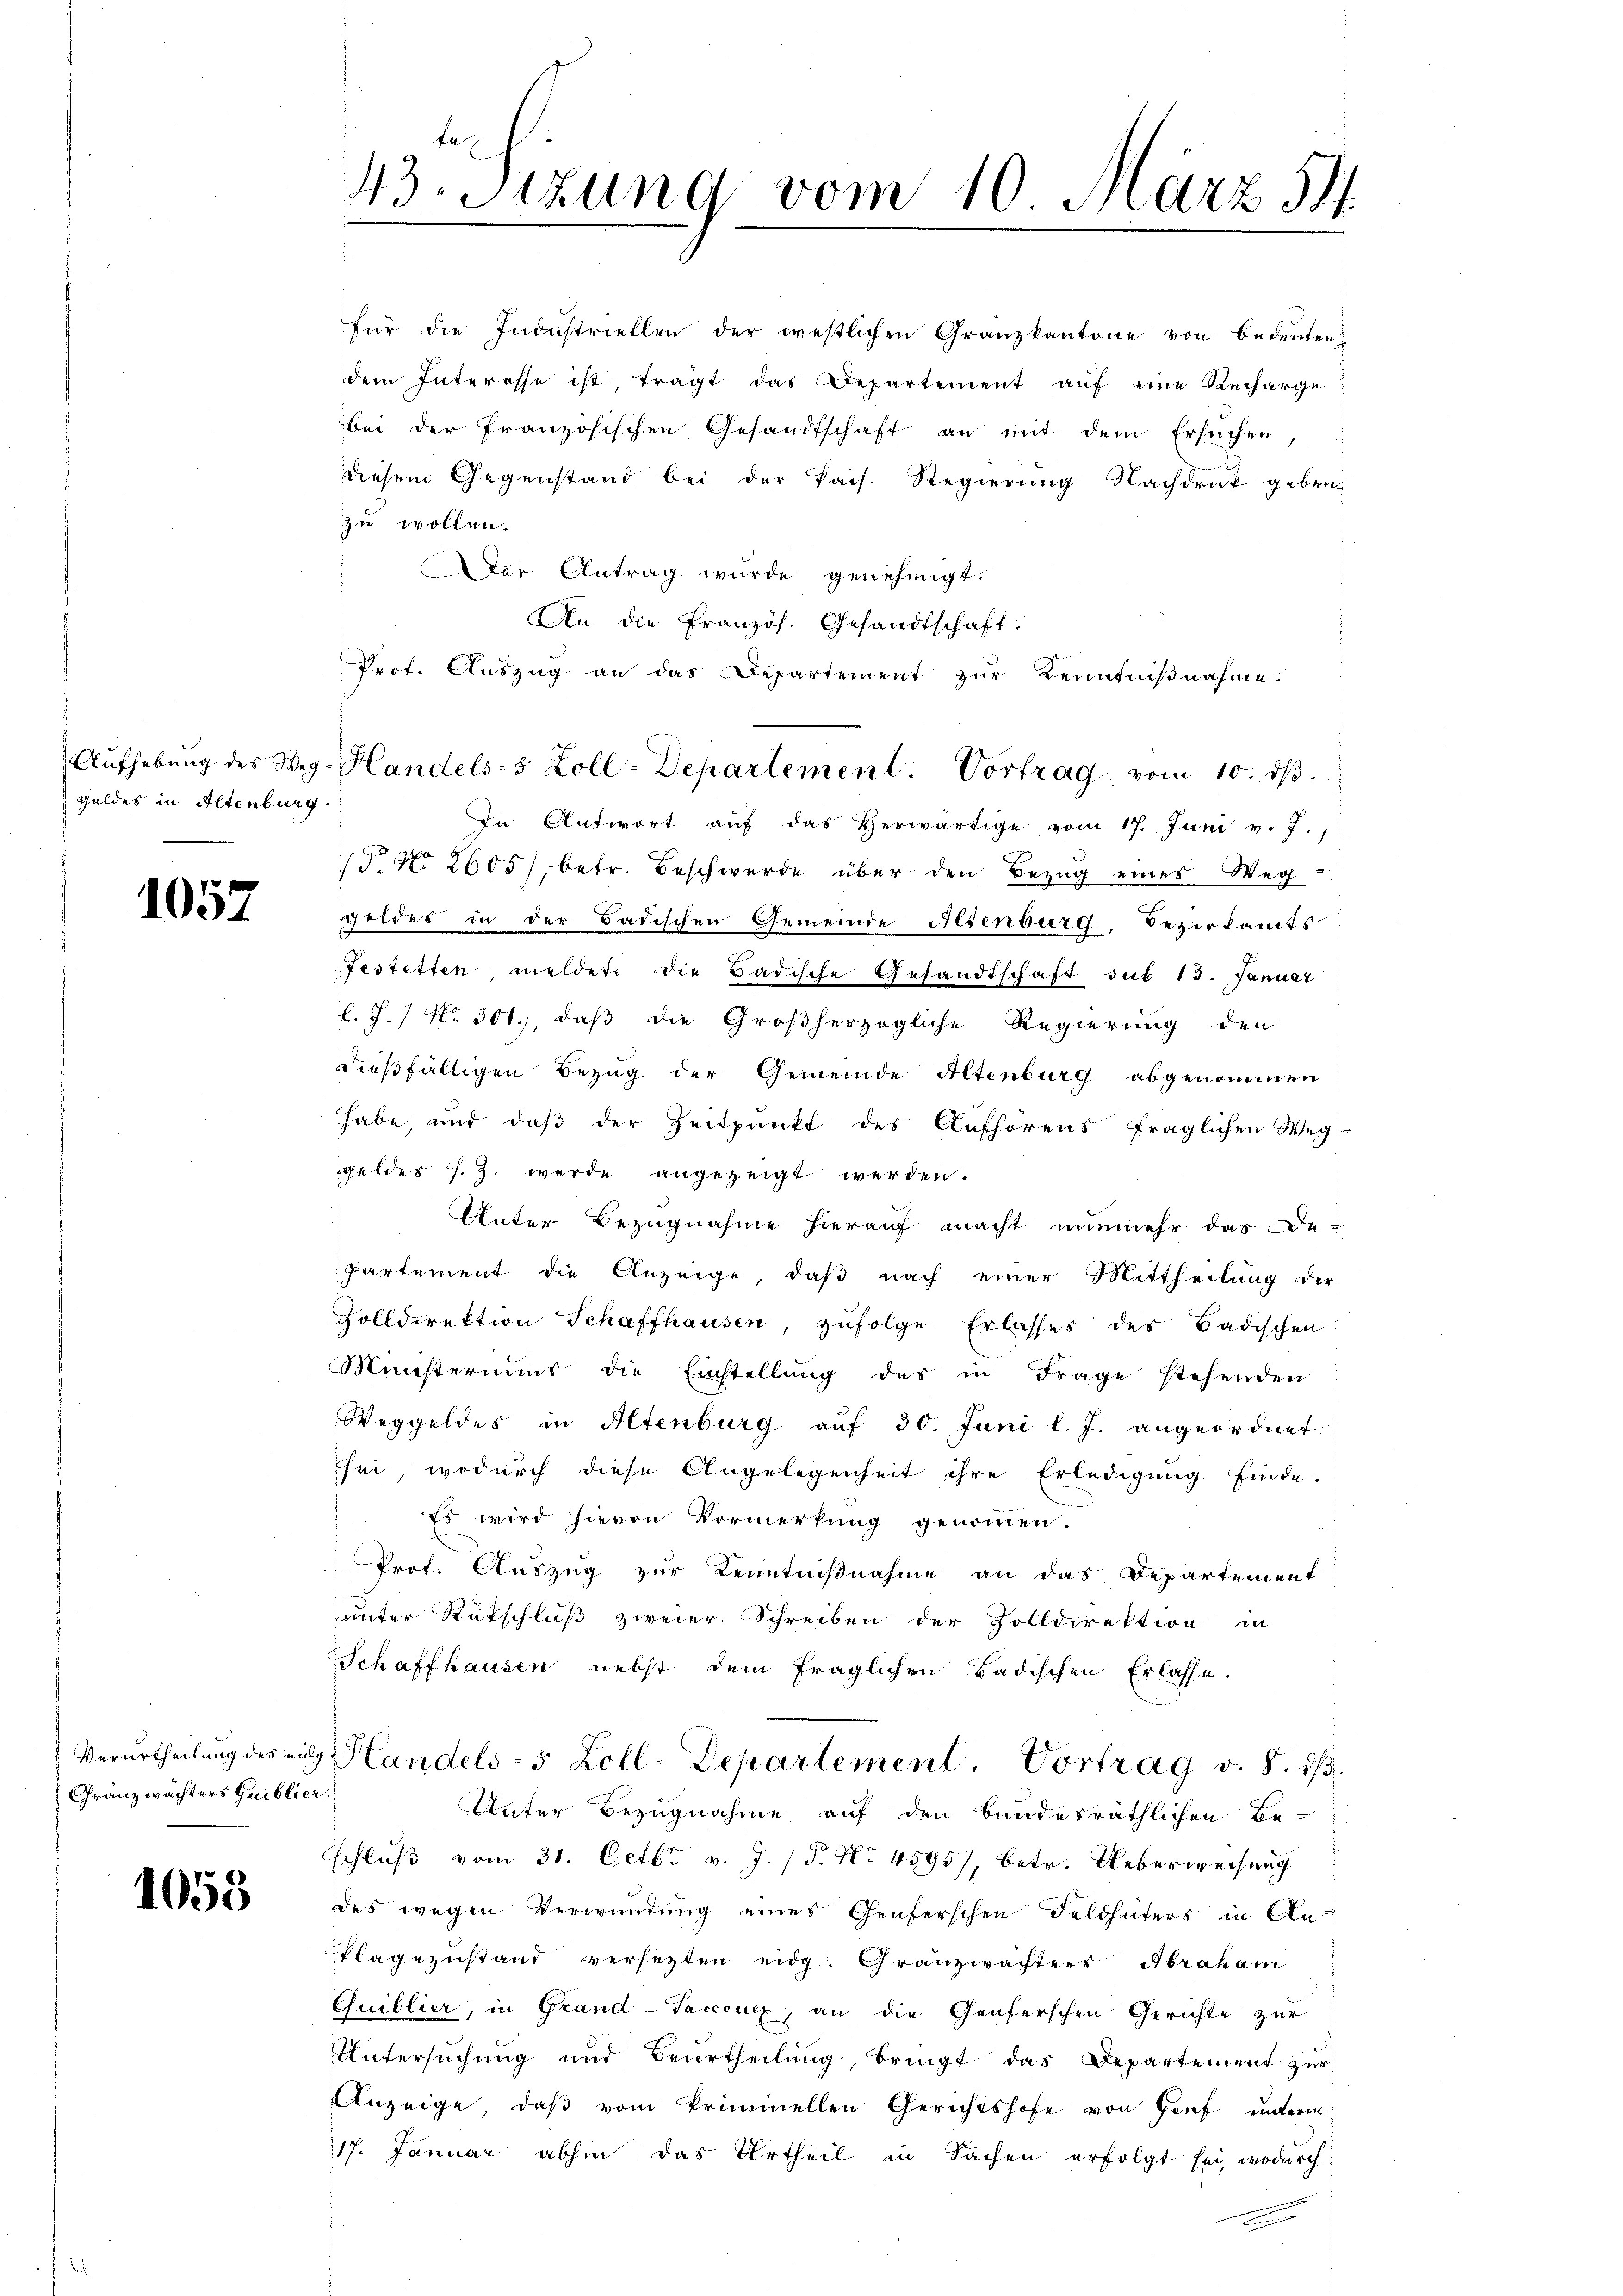
Geldes in Altenburg

1057

Gränzwächters Quiblier.

1053

43. Sitzung vom 10. März 34.

diesem Gegenstand bei der Pais. Regierung Nachdruk geben.
zu wollen.
Der Antrag wurde genehmigt.
An. die Französ. Gesandtschaft:
Prof. Aŭszŭg an das Departement zŭr Kenntniβnahme.
In Antwort auf das Herwärtige vom 17. Juni v. J.
Pr. No 2605), betr. Beschwerde über den Bezug eines Weg
geldes in der Badischen Gemeinde Altenburg, Bezirkants
Festetten, meldete die Badische Gesandtschaft sub 13. Januar
l. J.) No 301.), daß die Großherzogliche Regierung den
dießfälligen Bezug der Gemeinde Altenburg abgenommen:
habe, und daß der Zeitpunkt des Aufhörens fraglichen Weg-
gelder s. Z. werde angezeigt werden.
Unter Bezugnahme hierauf macht nunmehr das Departement die Anzeige, daß nach einer Mittheilung der
Zolldirektion Schaffhausen, zŭfolge Erlasses des Badischen
Ministernis die Einstellŭng des in Frage stehenden
Weggeldes in Altenburg auf 30. Juni l. J. angeordnet
sei, wodurch diese Angelegenheit ihre Erledigung finde.
Es wird hievon Vormerkung genommen.
Prof. Auszug zur Kenntnißnahme an das Departement
unter Rückschluß zweier. Schreiben der Zolldirektion in
Schaffhausen nebst dem fraglichen Badischen Erlasse.
Verurtheilung des ein Handels- 5 Zoll-Departement. Vortrag v. 8. 1/3.
Unter Bezugnahme auf den bundesräthlichen Be-
Schluß vom 31. Octbr. v. J. P. No. 4595), betr. Ueberweisung
des wegen Verwundung eines Genferschen Feldhüters in An-
Plagezustand versezten eidg. Granzwächters Abraham
Quiblier, in Grand-Taccouex, an die Genferschen Gerichte zur
Untersuchung und Beurtheilung, bringt das Departement zur
Anzeige, daß vom Priminellen Gerichtshofe von Genf unterm
17. Januar abhin das Urtheil in Sachen erfolgt sei, wodurch

für die Industriellen der westlichen Granzkantone von bedeuten,
dem Interesse ist, tragt das Departement auf eine Recharge-
bei der Französischen Gesandtschaft an mit dem Ersuchen

Aŭfhebŭng des Weg- Handels-5 Zoll-Departement. Vortrag vom 10. dβ.